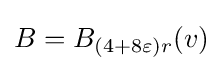
B=B_{(4+8\varepsilon )r}(v)